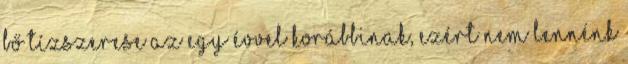
bő tízszerese az egy évvel korábbinak, ezért nem lennénk